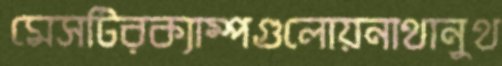
মেসটিরক্যাম্পগুলোয়নাথানুথ